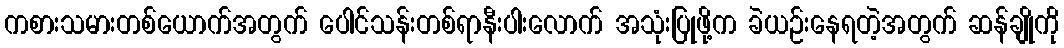
ကစားသမားတစ်ယောက်အတွက် ပေါင်သန်းတစ်ရာနီးပါးလောက် အသုံးပြုဖို့က ခဲယဉ်းနေရတဲ့အတွက် ဆန်ချိုကို